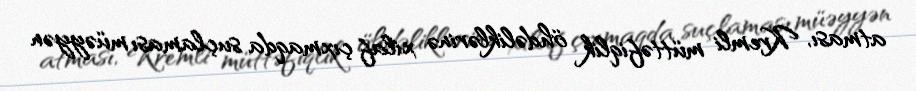
atması, Kremli müttəfiqlik öhdəliklərinə xilaf çıxmaqda suçlaması müəyyən